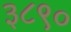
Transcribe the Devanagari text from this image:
३८९०